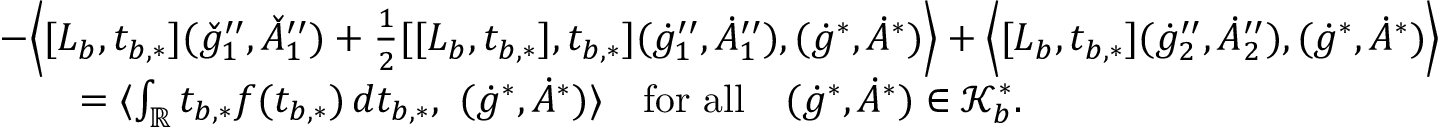
\begin{array} { r l } & { - \Big \langle [ L _ { b } , t _ { b , * } ] ( \check { g } _ { 1 } ^ { \prime \prime } , \check { A } _ { 1 } ^ { \prime \prime } ) + \frac { 1 } { 2 } [ [ L _ { b } , t _ { b , * } ] , t _ { b , * } ] ( \dot { g } _ { 1 } ^ { \prime \prime } , \dot { A } _ { 1 } ^ { \prime \prime } ) , ( \dot { g } ^ { * } , \dot { A } ^ { * } ) \Big \rangle + \Big \langle [ L _ { b } , t _ { b , * } ] ( \dot { g } _ { 2 } ^ { \prime \prime } , \dot { A } _ { 2 } ^ { \prime \prime } ) , ( \dot { g } ^ { * } , \dot { A } ^ { * } ) \Big \rangle } \\ & { \quad \quad = \langle \int _ { \mathbb { R } } t _ { b , * } f ( t _ { b , * } ) \, d t _ { b , * } , \ ( \dot { g } ^ { * } , \dot { A } ^ { * } ) \rangle \quad \mathrm { f o r ~ a l l } \quad ( \dot { g } ^ { * } , \dot { A } ^ { * } ) \in \mathcal { K } _ { b } ^ { * } . } \end{array}